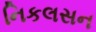
નિકલસન